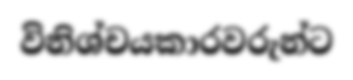
විනිශ්චයකාරවරුන්ට